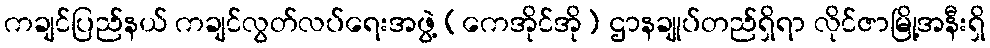
ကချင်ပြည်နယ် ကချင်လွတ်လပ်ရေးအဖွဲ့ (ကေအိုင်အို) ဌာနချုပ်တည်ရှိရာ လိုင်ဇာမြို့အနီးရှိ